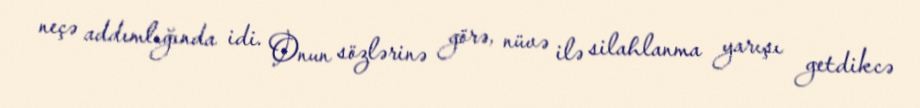
neçə addımlığında idi. Onun sözlərinə görə, nüvə ilə silahlanma yarışı getdikcə